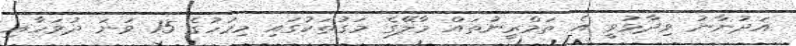
އަދުނާނު ވިދާޅުވީ އެ ތަމްރީނުތައް މާލޭގެ މަގުތަކުގައި މިމަހުގެ 15 ވަނަ ދުވަހާއި